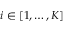
i \in [ 1 , \ldots , K ]